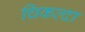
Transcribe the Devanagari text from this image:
चिकल्दा